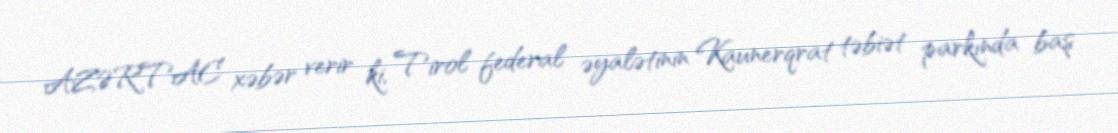
AZƏRTAC xəbər verir ki, Tirol federal əyalətinin Kaunerqrat təbiət parkında baş